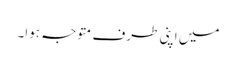
میں اپنی طرف متوجہ ہوا۔